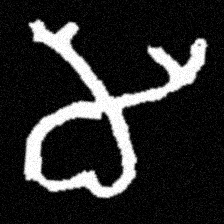
Pyu character \u2014 Myanmar letter: မ (romanized: ma)